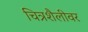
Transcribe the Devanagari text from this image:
चित्रशैलीवर